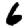
Digit: 6